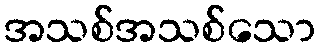
အသစ်အသစ်သော